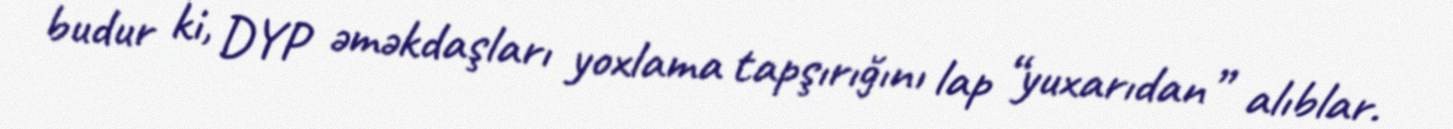
budur ki, DYP əməkdaşları yoxlama tapşırığını lap “yuxarıdan” alıblar.